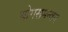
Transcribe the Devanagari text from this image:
योगसमन्वय